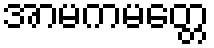
အာမကမတ္တေ